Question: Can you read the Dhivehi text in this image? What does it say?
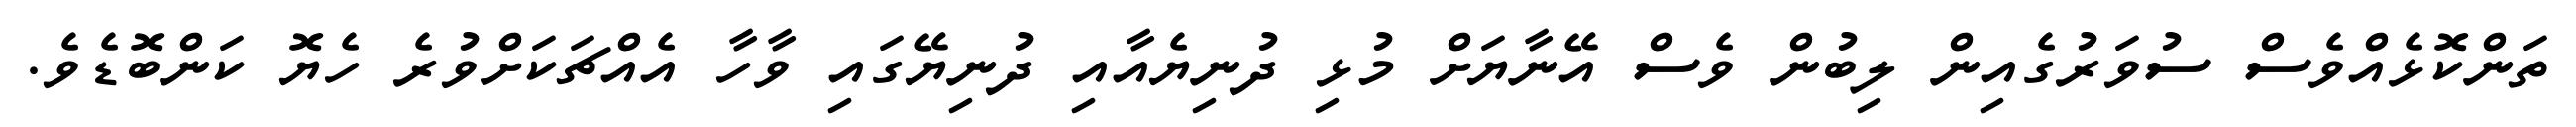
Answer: ތަންކޮޅެއްވެސް ސުވަރުގެއިން ލިބުން ވެސް އޭނާޔަށް މުޅި ދުނިޔެއާއި ދުނިޔޭގައި ވާހާ އެއްޗަކަށްވުރެ ހެޔޮ ކަންބޮޑެވެ.